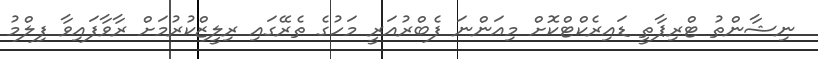
ނިޝާންތު ޓްރިޕާތީ ޑައިރެކްޓްކޮށް މިއަންނަ ފެބްރުއަރީ މަހުގެ ތެރޭގައި ރިލީޒްކުރުމަށް ރާވާފައިވާ ފިލްމު